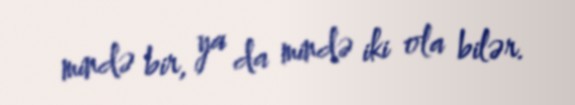
mində bir, ya da mində iki ola bilər.